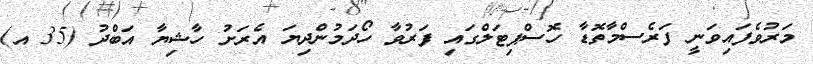
މަރުވެފައިވަނީ ފަރެސްމާތޮޑާ ހޮސްޕިޓަލްގައި ފަރުވާ ހޯދަމުންދިޔަ އެރަށު ހާޝިޔާ އަބްދު (35 އ)